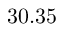
3 0 . 3 5